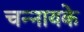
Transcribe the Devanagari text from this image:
चन्नायके